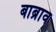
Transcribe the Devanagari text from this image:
बाब्राव